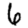
Digit: 6